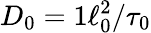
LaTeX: D_{0}=1\ell_{0}^{2}/\tau_{0}